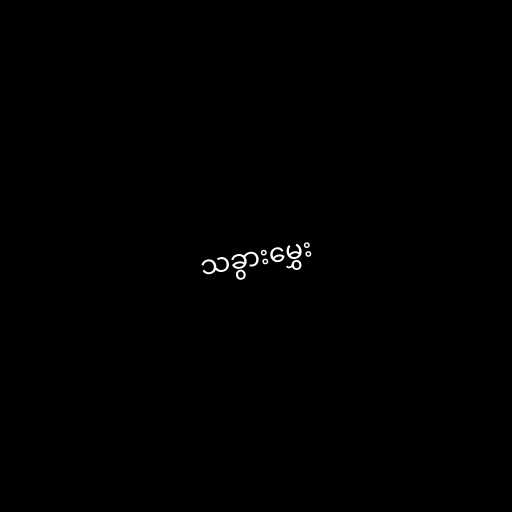
သခွားမွှေး